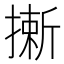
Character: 𢳮